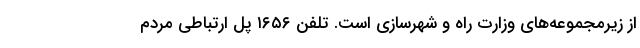
از زیرمجموعه‌های وزارت راه و شهرسازی است. تلفن ۱۶۵۶ پل ارتباطی مردم